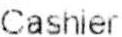
CASHIER